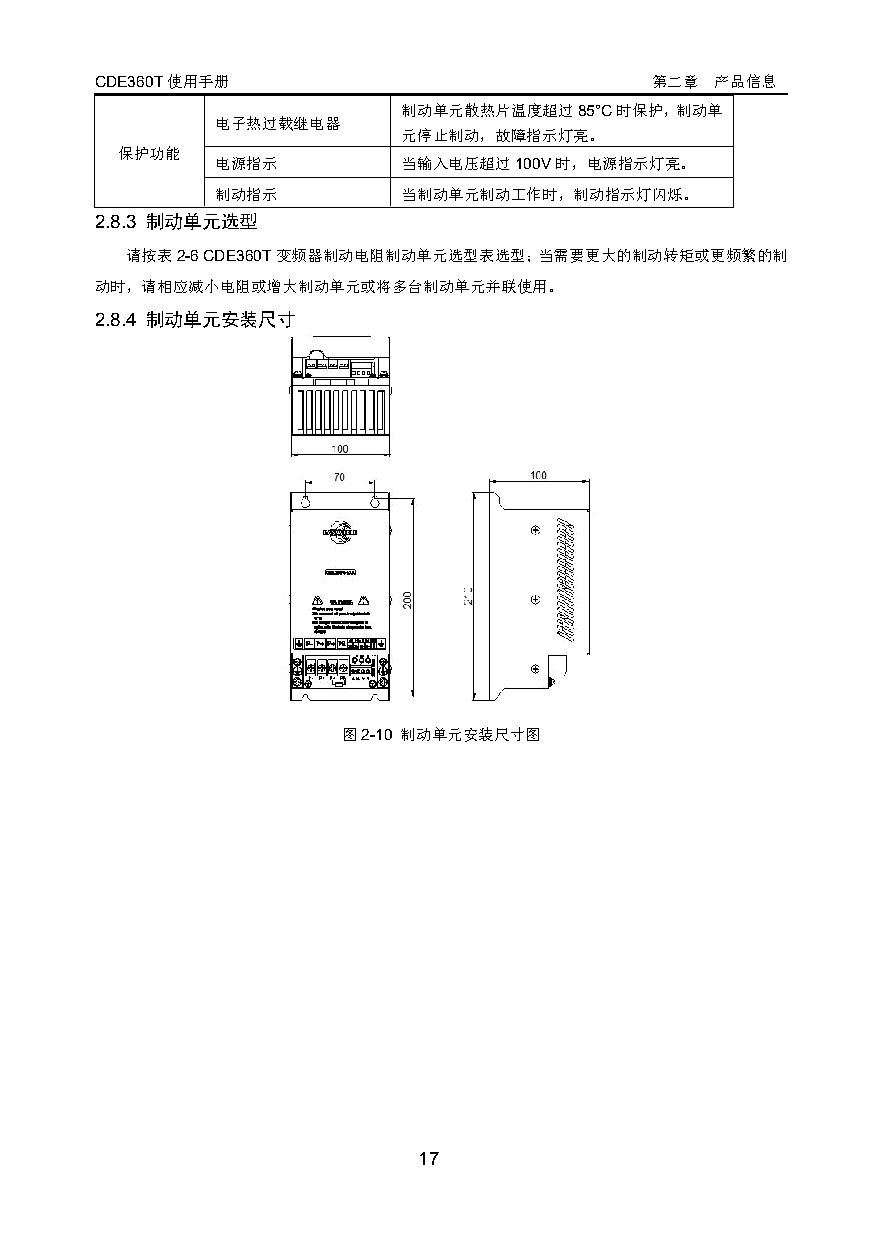
CDE360T使用手册                          第二章 产品信息
 制动单元散热片温度超过85°C时保护，制动单
 电子热过载继电器
 元停止制动，故障指示灯亮。
 保护功能
 电源指示         当输入电压超过100V时，电源指示灯亮。
 制动指示         当制动单元制动工作时，制动指示灯闪烁。
 2.8.3 制动单元选型
 请按表2-6CDE360T变频器制动电阻制动单元选型表选型；当需要更大的制动转矩或更频繁的制
 动时，请相应减小电阻或增大制动单元或将多台制动单元并联使用。
 2.8.4 制动单元安装尺寸
 图2-10 制动单元安装尺寸图
 17